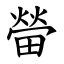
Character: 㽦